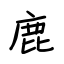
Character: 鹿